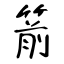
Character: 箭